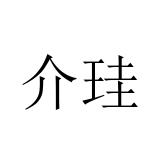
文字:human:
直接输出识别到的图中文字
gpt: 介珪